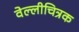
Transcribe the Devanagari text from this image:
वेल्लीचित्रक